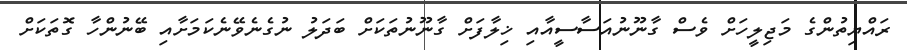
ރައްޔިތުންގެ މަޖިލީހަށް ވެސް ގާނޫނުއަސާސީއާއި ޚިލާފަށް ގާނޫނުތަކަށް ބަދަލު ނުގެނެވޭނެކަމަށާއި ބޭނުންހާ ގޮތަކަށް